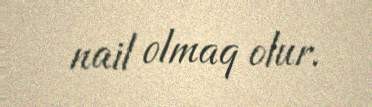
nail olmaq olur.